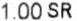
1.00 SR